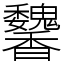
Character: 䭳